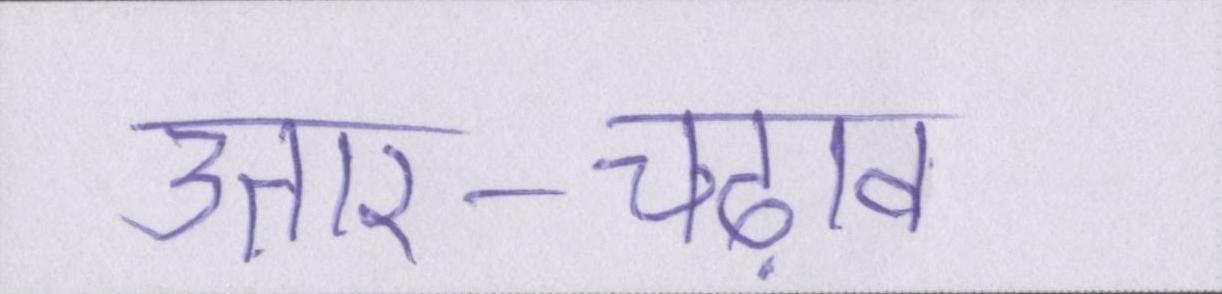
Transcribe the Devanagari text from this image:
उतार-चढ़ाव